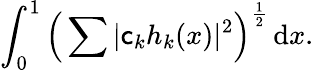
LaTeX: \int_{0}^{1}{\Bigl(}\sum|\mathsf{c}_{k}h_{k}(x)|^{2}{\Bigr)}^{\frac{{1}}{{2}}}\, \mathrm{{d}}x.